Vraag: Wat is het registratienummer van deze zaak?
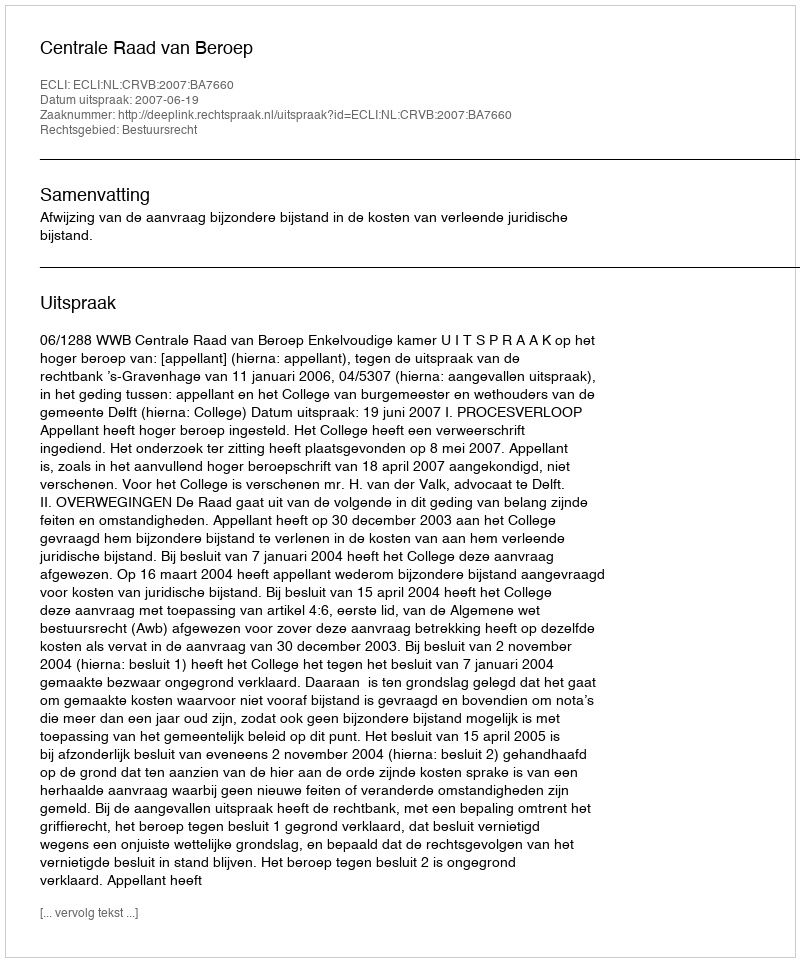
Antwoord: http://deeplink.rechtspraak.nl/uitspraak?id=ECLI:NL:CRVB:2007:BA7660